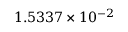
1 . 5 3 3 7 \times 1 0 ^ { - 2 }